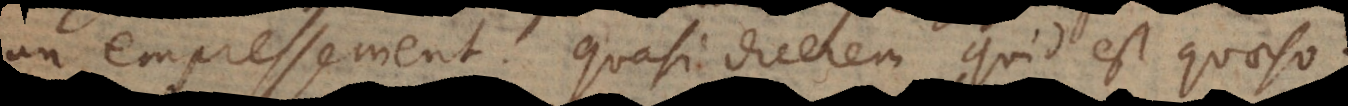
un empressement. Quasi dicerem quid est quaeso?